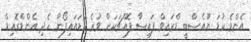
އެންމެ ކުޑަ ޔޫއެސްބީ ޑްރައިވް ފައިސާ ފޮއްޗަކަށް ވުރެ ކުޑައައިފޯނާ ހެދި އެންޑްރޮއިޑް